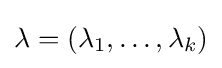
\lambda =(\lambda _{1},\dots ,\lambda _{k})